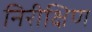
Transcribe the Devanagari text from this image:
निरीक्षिण